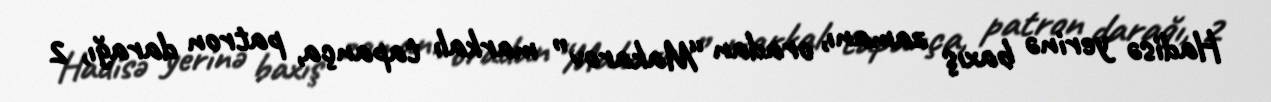
Hadisə yerinə baxış zamanı, oradan “Makarov” markalı tapança, patron darağı, 2